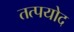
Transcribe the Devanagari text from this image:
तत्पयोद